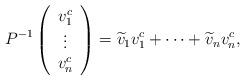
LaTeX: \begin{align*}P^{-1}\left(\begin{array}{c}v_{1}^c\\\vdots\\v_n^c\end{array}\right)=\widetilde{v}_{1}v_1^c+\cdots+\widetilde{v}_nv_n^c,\end{align*}